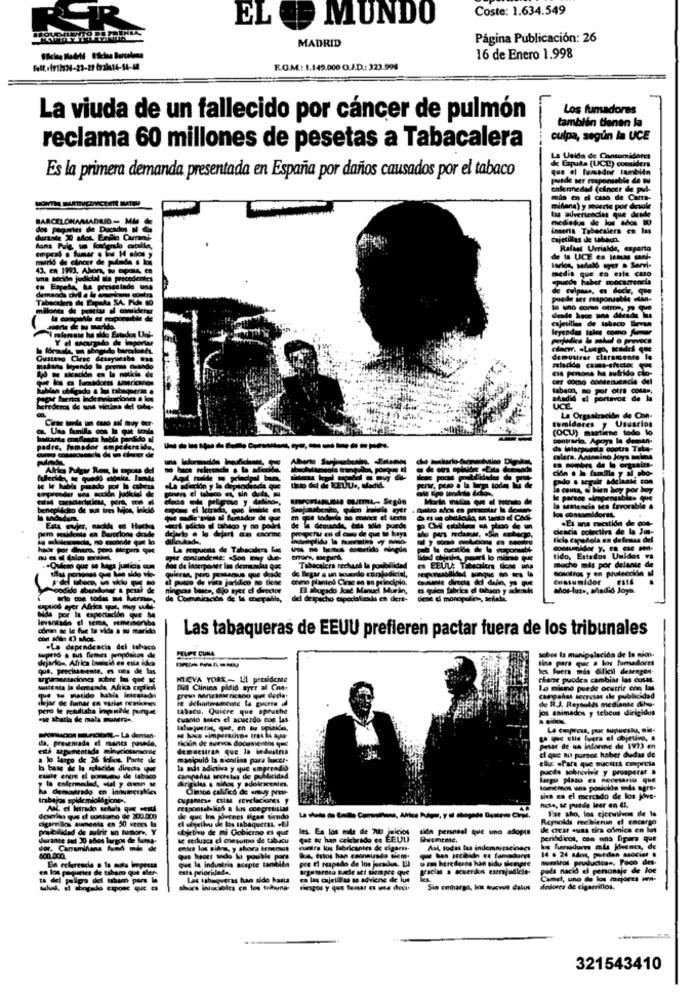
Coste: 1.634.549
MUNDO
EL
MADRID
Página Publicación: 26
16 de Enero 1.998
F.O.M .: 1.149.000 O.J.D .: 323.998
Los fumadores
La viuda de un fallecido por cáncer de pulmón
también tienen fa
culpa, según la UCE
reclama 60 millones de pesetas a Tabacalera
de Expuis (UCL) considers
La Unida de Consumidoret
que el fumador también
Es la primera demanda presentada en España por daños causados por el tabaco
petde ser muponsable de wu
thleredad (cancer de
mis en d cua de Cama-
miflana) y muerte por dewule
las advertencias que desde
mediados de los ados 80
insert Tabacalera en las
Rafael Urrialde, experto
de la UCE en lamus ganl-
larios, sefal e . Servi-
medit que en este caso
epuede haber moocarrencia
de tulpass, es decir, que
desde hace Bos did
cajetillas de tabaco llevan
leyendas tales como fumer
clam, Luego, tendes que
demostrar claramente Is
cer domo contenuencia de
tabaon,
sumidores y Usuarios
(OCU) mastiene todo lo
contraria. Apoya la despan-
--------
da interpuesta contra Tale-
coleta. Amansino Joys tolas
cidin . h familia y al abo-
------
two a seguir adelante con
tito del de EEULe, Madid.
le person elmpengibi
la Mmencis tes favorable &
Consumidoret.
Es ma cuestión de con-
de la demande, cala sólo puede
Ciencia colectiva de la Jin-
comoklar y, en ese pen-
muche mis por delante de
tido, Estados Unidos vs
Tabacalera rechans la postailidad
nosotros y en protección al
consumidor
Mot-lute, ahadid Joya
Las tabaqueras de EEUU prefieren pactar fuera de los tribunales
FILIPE CUMA
sobre la manipolacida de la nion.
tina pare que a los fumadores
MICVA YORK -- LI presideme
there puedes cambiar las cosas.
Del Clinies ploid ayer al Can-
Lo misno puede ocurrir con las
dejar de fumar en varig oratakes
metido habla testada
campañas secretas dle publicidad
de R.J. Reynolds mediante dhy.
tabacu. Quiere que spruthe
jos animados y tebeus dirigidos
Cuanto totes el aceerdo con las
da, preseniada el mancs pasede,
poucos Bunden- La denan-
Fickin de suevos docanieviens que
4 kms simperashos tras la ager
aapimentada minuciosamente
demdettran que la industria
pesar de na infarine de 1973 en
el que au pornot haber dudas de
a lo largo de 26 folios, Parte de
manipulo la soolins para lucer-
ellux .Para que sucstra Empresa
la mat adictiva y que emprendis
puede sobrevivir y prosperar .
la enfermedad, cual y ann M
campanus secretas de publicidad
derigklus s nidos y adolescentes
largo plazo es necesario que
ha demadrido en innumeraMes
Clinton called de amuy pree:
Geemos uns poujolda mis agre-
Sha en el mercado de los jove-
hose, se puede leer en El.
Far sho, los ciccutivos de la
the que Ins poetnes sigas siendo
el elyeilu de las tabaqueras. . El
Reynolds ree bienan of encargo
prudbilidad de sufrir un tumore, Y
objetivo de mi Gobierno es quit
les. Ea los mode de Tuo jeicios
sign personal que uno adopta
de ctar auna tira afmica en lot
durante sus 20 anos burgos de fuma-
se reduzes el onesure ile tabatu
gat # han celebrado en EEULi
perihdicos, con una figura que
entre los pide, y ahora tenemos
cuire los fabricantes de cigarri-
Asl, todas fus indemnizaeinecs
fumadores mls jóvenes, de
que la industria acepte también
pre el respedo de los jrmkn. Il uzme herederas han sido siempre
14 . 24 ados, puedan asociar .
wwestrol productoss, Paco des-
En referencia o la nota impresa
esta prioridade.
argu torneo Bucle set siempre que
Vicis a louerin eurjudicie-
pets nacid el personaje de loe
en los paquetes de tabaco que dler-
Las tabaqueras han sido hasta
en las cajetillas as adviene de lus
mel, uno de los mejores wma-
thues intocables en los trawne
Sin embargo, Ios aucvus dalus
dedores de cigarrillos.
321543410